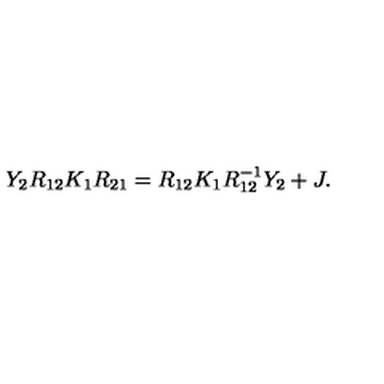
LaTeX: Y _ { 2 } R _ { 1 2 } K _ { 1 } R _ { 2 1 } = R _ { 1 2 } K _ { 1 } R _ { 1 2 } ^ { - 1 } Y _ { 2 } + J .